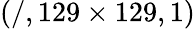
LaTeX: (/,129\times 129,1)